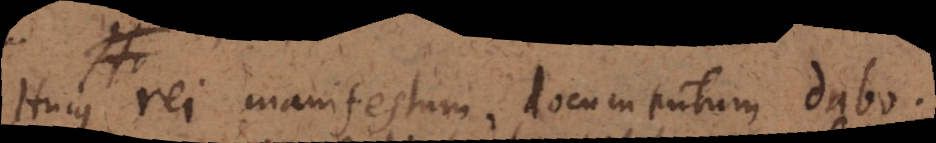
Hujus rei manifestum, documentum dabo.